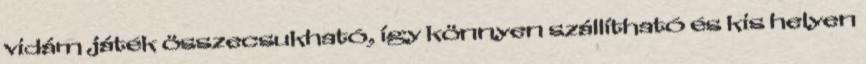
vidám játék összecsukható, így könnyen szállítható és kis helyen